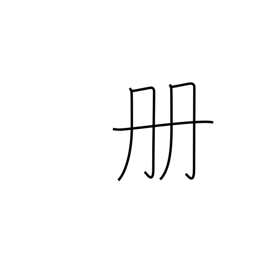
Meaning: counter for books